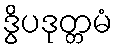
ဒွိပဒုတ္တမံ